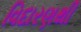
વિદારણથી